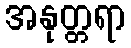
အနုတ္တရာ